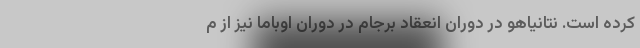
کرده است. نتانیاهو در دوران انعقاد برجام در دوران اوباما نیز از م